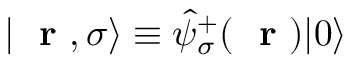
| \mathrm { ~ \bf ~ r ~ } , \sigma \rangle \equiv \hat { \psi } _ { \sigma } ^ { + } ( \mathrm { ~ \bf ~ r ~ } ) | 0 \rangle